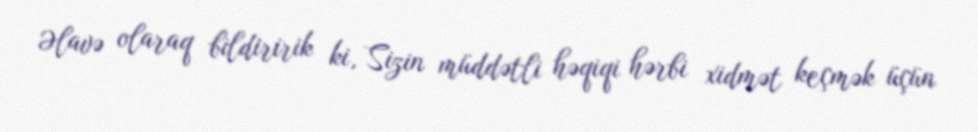
Əlavə olaraq bildiririk ki, Sizin müddətli həqiqi hərbi xidmət keçmək üçün